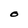
Character: O